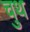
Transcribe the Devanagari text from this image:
चुथ